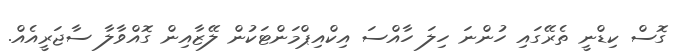
ގޮސް ކިޑްނީ ތެރޭގައި ހުންނަ ހިލަ ހާއްސަ އިކްއިޕްމަންޓަކުން ލޭޒާއިން ގޮއްވާލާ ސާޖަރީއެއް.